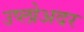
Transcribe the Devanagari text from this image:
उप्लोअदर